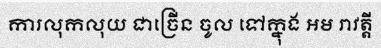
ការលុកលុយ ជាច្រើន ចូល ទៅក្នុង អម រាវត្តី